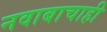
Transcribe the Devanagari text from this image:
नवाबाचाही